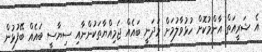
އެ ޝަރީއަތް އާންމުކޮށް ހުޅުވާލުމަށް މަދަނީ ބައެއް ޖަމިއްޔާތަކުންނާއި ސިޔާސީ ބައެއް ބޭފުޅުން